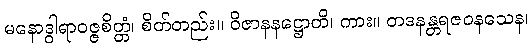
မနောဒွါရာဝဇ္ဇစိတ္တံ၊ စိတ်တည်း။ ဝိဇာနနဋ္ဌောတိ၊ ကား။ တဒနန္တရဇဝနသေန၊